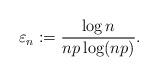
LaTeX: \begin{align*}\varepsilon_n : = \frac{\log n}{ np\log (np)}.\end{align*}